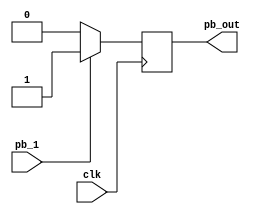
`timescale 1ns / 1ps
//////////////////////////////////////////////////////////////////////////////////
// Company: 
// Engineer: 
// 
// Design Name: 
// Module Name: project_9
// Project Name: 
// Target Devices: 
// Tool Versions: 
// Description: 
// 
// Dependencies: 
// 
// Revision:
// Revision 0.01 - File Created
// Additional Comments:
// 
//////////////////////////////////////////////////////////////////////////////////


module project_9(input pb_1,clk,output reg pb_out);
    reg[2:0]counter;
    wire TC;
    
    always@(posedge clk) begin
    if(~pb_1)
        counter <= 3'd0;
    else
        counter <= counter + 3'd1;
    end
    
    assign TC = (counter == 3'b111);
    
    always@(posedge clk) begin
        if(~pb_1)
            pb_out <= 1'b0;
        else
            pb_out <= 1'b1;
    end

endmodule